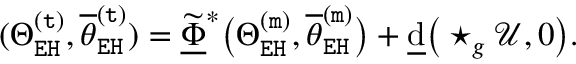
( \Theta _ { \mathtt { E H } } ^ { \mathtt { ( t ) } } , \overline { { \theta } } _ { \mathtt { E H } } ^ { \mathtt { ( t ) } } ) = \underline { { \widetilde { \Phi } } } ^ { * } \big ( \Theta _ { \mathtt { E H } } ^ { \mathtt { ( m ) } } , \overline { { \theta } } _ { \mathtt { E H } } ^ { \mathtt { ( m ) } } \big ) + \underline { { \mathrm { d } } } \big ( \star _ { g } \mathcal { U } , 0 \big ) .